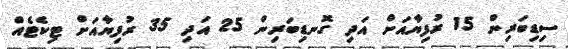
ސިޑިބަރިން 15 ރުފިޔާއަށް އަދި ގޮނޑިބަރިން 25 އަދި 35 ރުފިޔާއަށް ޓިކެޓެއް